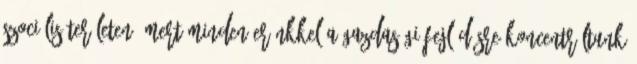
szociális területen, mert minden erőnkkel a gazdasági fejlődésre koncentráltunk